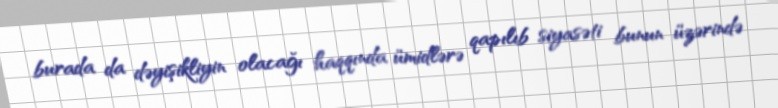
burada da dəyişikliyin olacağı haqqında ümidlərə qapılıb siyasəti bunun üzərində